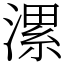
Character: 漯